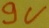
Text: 9V